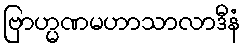
ဗြာဟ္မဏမဟာသာလာဒီနံ